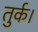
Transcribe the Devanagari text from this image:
तुर्क।